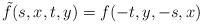
LaTeX: \begin{align*}\tilde{f}(s,x,t,y)=f(-t,y,-s,x)\end{align*}